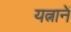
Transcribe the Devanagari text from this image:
यत्नानें